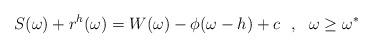
LaTeX: \begin{align*}S(\omega)+r^{h}(\omega)=W(\omega)-\phi(\omega-h)+c ~~,~~ \omega \ge \omega^{*}\end{align*}